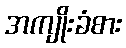
အကျိုးခံစား